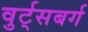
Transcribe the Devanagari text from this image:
वुर्ट्‌सबर्ग